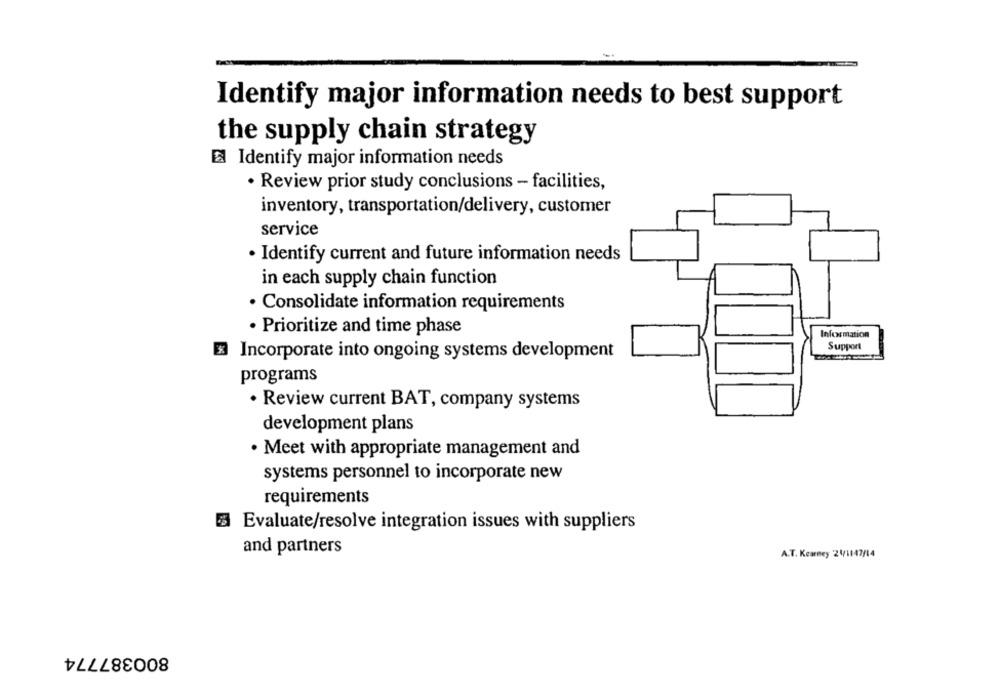
Identify major information needs to best support
the supply chain strategy
El Identify major information needs
· Review prior study conclusions - facilities,
inventory, transportation/delivery, customer
service
· Identify current and future information needs
in each supply chain function
· Consolidate information requirements
· Prioritize and time phase
Information
Support
Incorporate into ongoing systems development
programs
· Review current BAT, company systems
development plans
· Meet with appropriate management and
systems personnel to incorporate new
requirements
Evaluate/resolve integration issues with suppliers
and partners
A.T. Kearney 21/1147/14
800387774